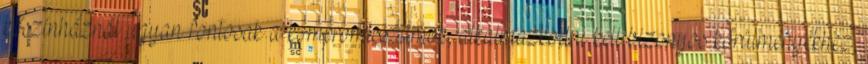
kőszínháznál ugyan fontosak a kompromisszumok, alkalmazkodni kell bizonyos körülményekhez,